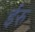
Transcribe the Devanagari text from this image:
ईरु